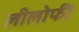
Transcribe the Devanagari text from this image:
लीलोफी